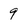
Character: 9